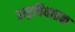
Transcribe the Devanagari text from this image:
राष्ट्रविघातक